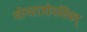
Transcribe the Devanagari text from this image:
योगराजोपनिषद्